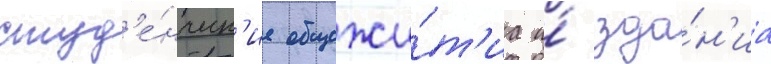
студ'е́нческ'ие общежи́т'иа и́ зда́н'иа